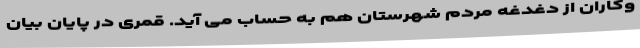
وکاران از دغدغه مردم شهرستان هم به حساب می آید. قمری در پایان بیان